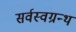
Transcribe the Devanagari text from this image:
सर्वस्वग्रन्थ